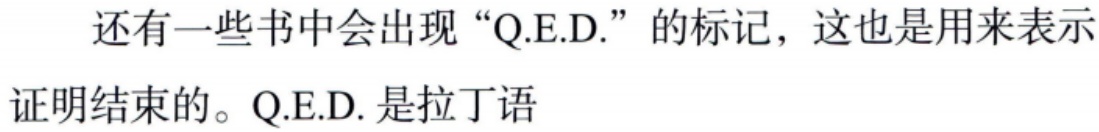
还有一些书中会出现“Q.E.D.”的标记，这也是用来表示证明结束的。Q.E.D. 是拉丁语